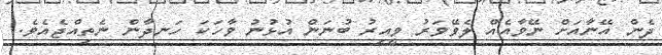
ދެން އޭނާއަށް ނޭވާއެއް ލެވޭވަރު ވީއިރު ބުނަން އުޅުނު ވާހަކަ ހަނދާން ނެތިއްޖެއެވެ.